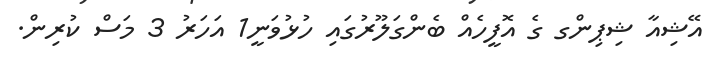
އޭޝިއާ ޝިޕިންގ ގެ އޮފީހެއް ބެންގަލޫރުގައި ހުޅުވަނީ1 އަހަރު 3 މަސް ކުރިން.